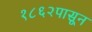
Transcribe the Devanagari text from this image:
१८६२पासून